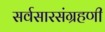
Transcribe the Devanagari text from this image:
सर्वसारसंग्रहणी